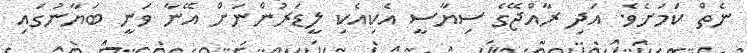
ނެތް ކަމަށެވެ. އަދި ރާއްޖޭގެ ސިޔާސީ އެކިއެކި ލީޑަރުންނަށް އޭނާ ވަނީ ބަޔާނުގައި